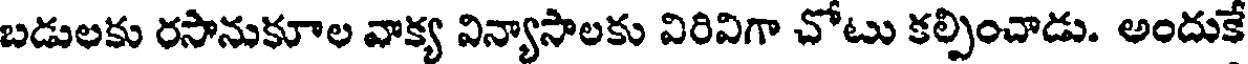
బడులకు రసానుకూల వాక్య విన్యాసాలకు విరివిగా చోటు కల్పించాడు. అందుకే